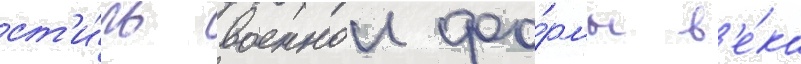
ст'и́ль военнои фо́рмы в'е́ка